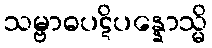
သမ္ဗာဓပဋိပန္နောသ္မိ